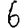
Digit: 6